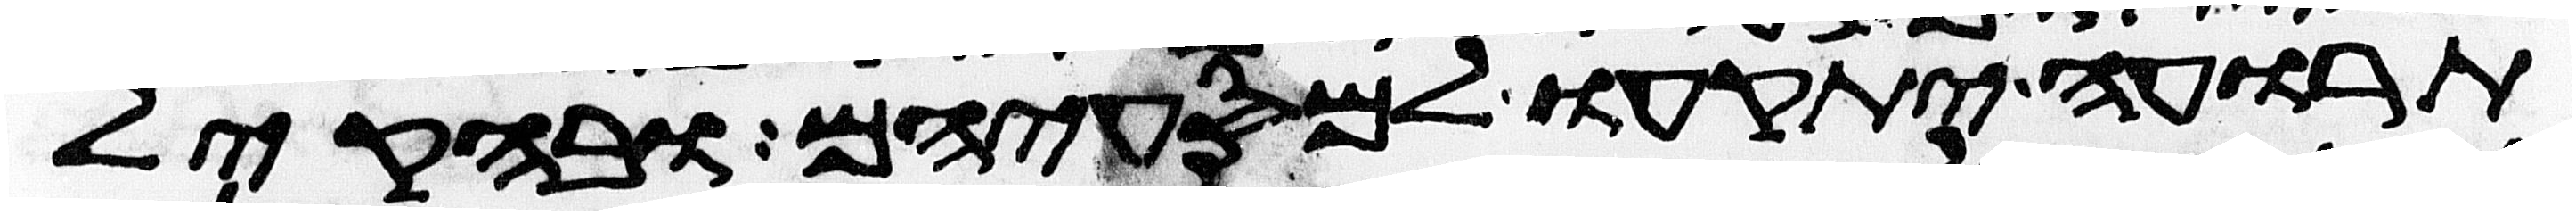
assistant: תרועה יתקעו למסעיהם ובהקהל